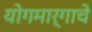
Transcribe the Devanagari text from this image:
योगमार्गाचे